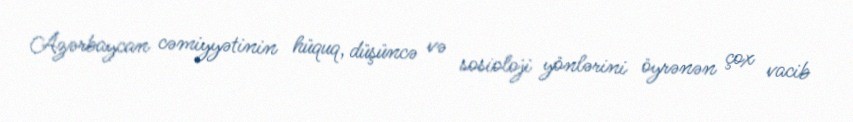
Azərbaycan cəmiyyətinin hüquq, düşüncə və sosioloji yönlərini öyrənən çox vacib